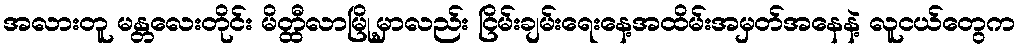
အလားတူ မန္တလေးတိုင်း မိတ္ထီလာမြို့မှာလည်း ငြိမ်းချမ်းရေးနေ့အထိမ်းအမှတ်အနေနဲ့ လူငယ်တွေက